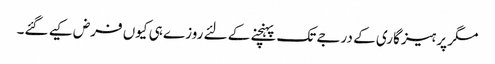
مگر پرہیز گاری کے درجے تک پہنچنے کے لئے روزے ہی کیوں فرض کیے گئے۔